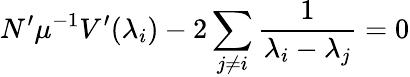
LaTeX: N^{\prime}\mu^{-1}V^{\prime}(\lambda_{i})-2\sum_{j\neq i}\frac 1{\lambda_{i}-\lambda_{j}}=0